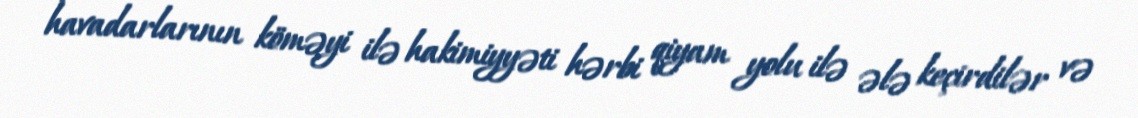
havadarlarının köməyi ilə hakimiyyəti hərbi qiyam yolu ilə ələ keçirdilər və